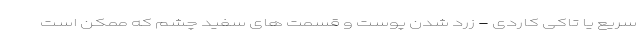
سریع یا تاکی کاردی - زرد شدن پوست و قسمت های سفید چشم که ممکن است